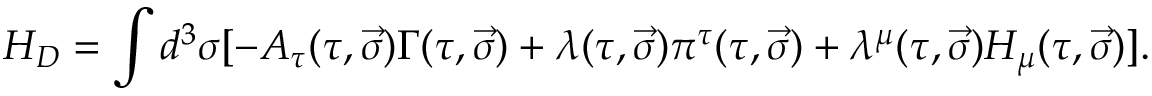
H _ { D } = \int d ^ { 3 } \sigma [ - A _ { \tau } ( \tau , \vec { \sigma } ) \Gamma ( \tau , \vec { \sigma } ) + \lambda ( \tau , \vec { \sigma } ) \pi ^ { \tau } ( \tau , \vec { \sigma } ) + \lambda ^ { \mu } ( \tau , \vec { \sigma } ) { \cal H } _ { \mu } ( \tau , \vec { \sigma } ) ] .